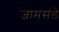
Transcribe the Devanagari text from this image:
जामसंडे